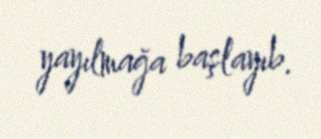
yayılmağa başlayıb.